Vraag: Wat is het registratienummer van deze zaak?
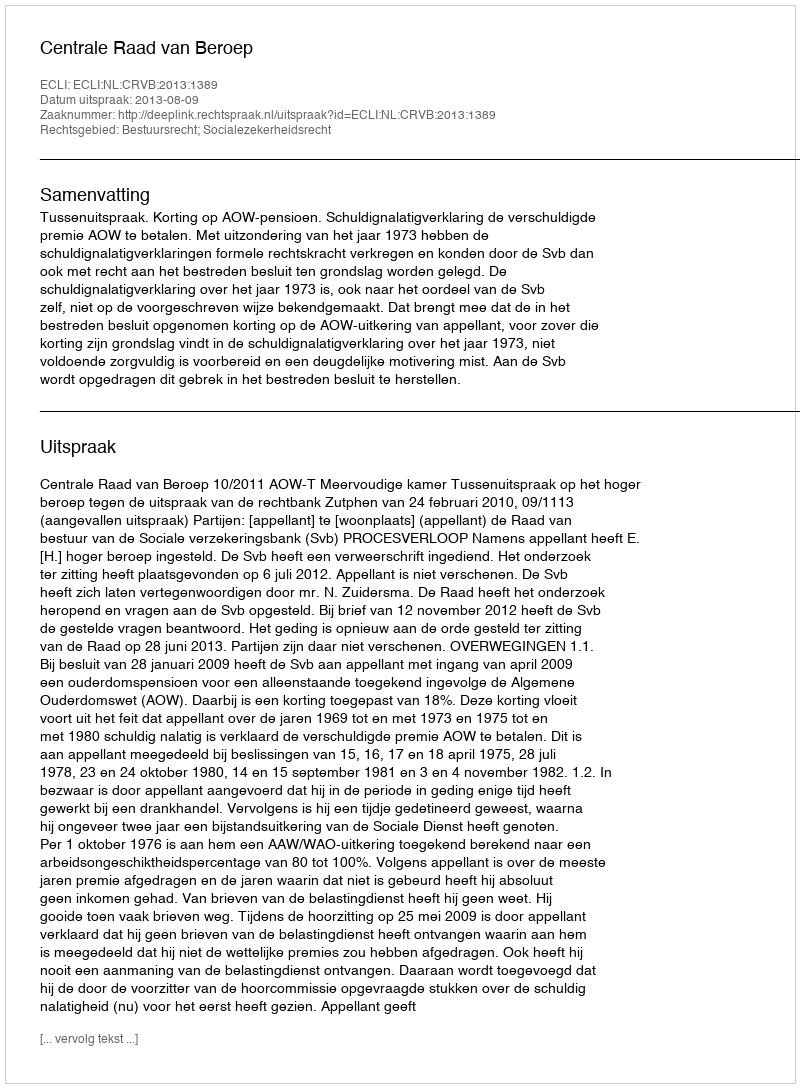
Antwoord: http://deeplink.rechtspraak.nl/uitspraak?id=ECLI:NL:CRVB:2013:1389